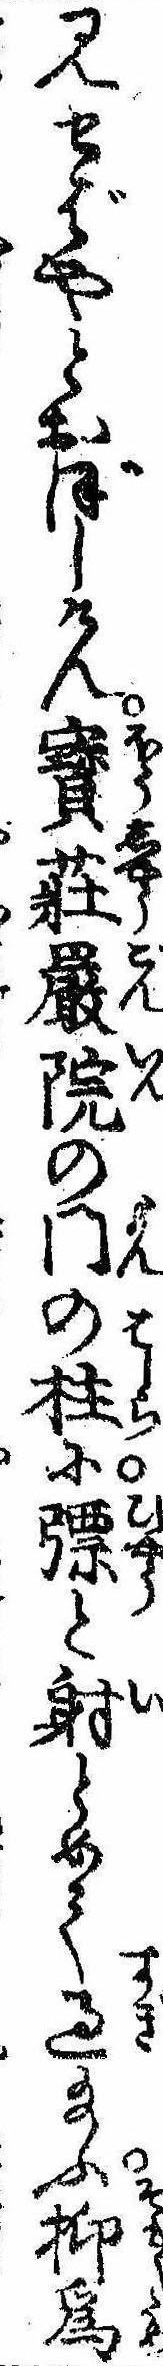
見せばやとおぼしけん宝荘厳院の門の柱にと射とめて過給ふ抑為